Annual report of the Punjab Veterinary College and of the Civil Veterinary Department, Punjab - 1926-1932
Year: 1926
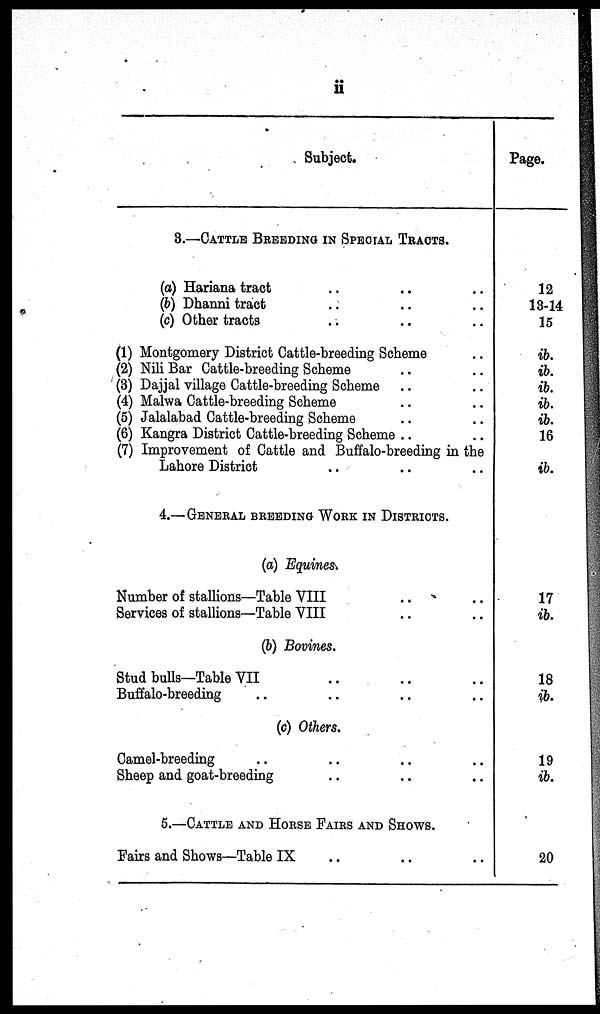
ii
Subject.
3.—CATTLE BREEEDING IN SPECIAL TRACTS.
(a) Hariana tract .. .. ..
(b) Dhanni tract .. .. ..
(c) Other tracts .. .. ..
(1) Montgomery District Cattle-breeding Scheme ..
(2) Nili Bar Cattle-breeding Scheme .. ..
(3) Dajjal village Cattle-breeding Scheme .. ..
(4) Malwa Cattle-breeding Scheme .. ..
(5) Jalalabad Cattle-breeding Scheme .. ..
(6) Kangra District Cattle-breeding Scheme .. ..
(7) Improvement of Cattle and Buffalo-breeding in the
Lahore District .. .. ..
4.—GENERAL BREEDING WORK IN DISTRICT.
(a) Equines
Number of stallions—Table VIII .. ..
Services of stallions—Table VIII .. ..
(b) Bovines.
Stud bulls—Table VII .. .. ..
Buffalo-breeding .. .. .. ..
(c) Others.
Camel-breeding .. .. .. ..
Sheep and goat-breeding .. .. ..
5.—CATTLE AND HORSE FAIRS AND SHOWS.
Fairs and Shows—Table IX .. .. ..
Page.
12
13-14
15
ib.
ib.
ib.
ib.
ib.
16
ib.
17
ib.
18
ib.
19
ib.
20